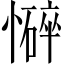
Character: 𢣃